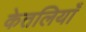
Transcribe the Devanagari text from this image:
केतलियाँ